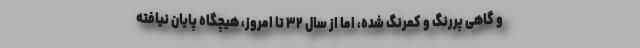
و گاهی پررنگ و کمرنگ شده، امّا از سال ۳۲ تا امروز، هیچگاه پایان نیافته